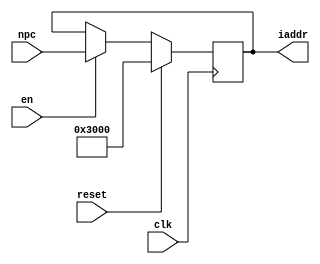
module pc(input clk, input en, input reset, input [31:0]npc, output reg[31:0]iaddr);
always @(posedge clk) begin
    if(reset)
        iaddr <= 32'h00003000;
    else if(en)
        iaddr <= npc;
    //$display("%h",iaddr);
end

endmodule